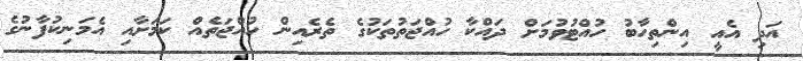
އަދި އެއީ އިންތިހާބު ހުއްޓުވުމަށް ދައްކާ ހުއްޖަތުތަކުގެ ތެރެއިން ހުއްޖަތެއް ކަމަށާއި އެމަނިކުފާނުގެ